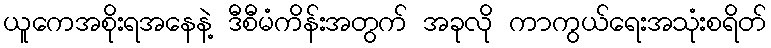
ယူကေအစိုးရအနေနဲ့ ဒီစီမံကိန်းအတွက် အခုလို ကာကွယ်ရေးအသုံးစရိတ်